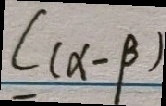
C ( \alpha - \beta )